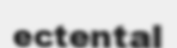
ectental